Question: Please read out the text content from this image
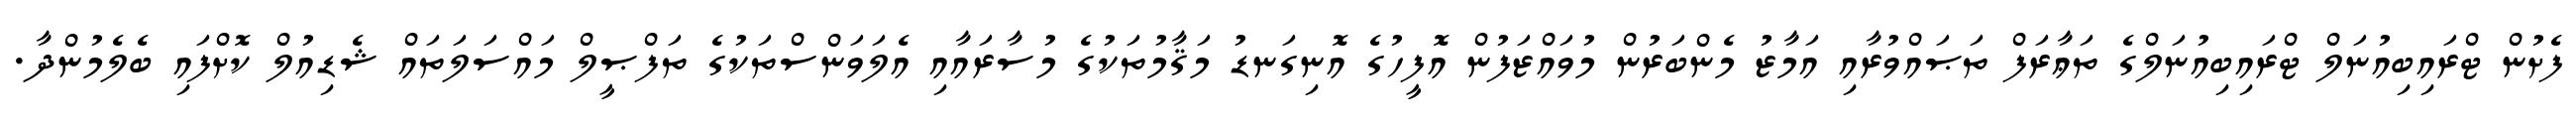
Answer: ފެށުން ޓްރައިބިއުނަލް ޓްރައިބިއުނަލްގެ ތަޢާރަފް ތަޞައްވުރާއި އަމާޒު މެންބަރުން މުވައްޒަފުން އޮފީހުގެ އޮނިގަނޑު މަޤާމުތަކުގެ މުސާރައާއި އެލަވަންސްތަކުގެ ތަފްޞީލް މައްސަލަތައް ޝެޑިއުލް ކޮށްފައި ބެލެމުންދާ.